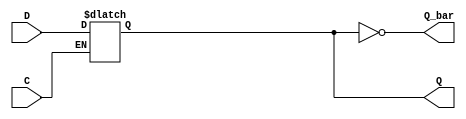
module async_register (
    input wire D,          // Data input
    input wire C,          // Control signal (active high)
    output reg Q,          // Data output
    output wire Q_bar      // Complement output
);

// Invert the output Q for the complement output
assign Q_bar = ~Q;

// Always block to capture data asynchronously based on control signal
always @(*) begin
    if (C) begin
        Q <= D;          // Capture the data input when control signal is asserted
    end
    // If C is not asserted, Q retains its previous value (hold state)
end

endmodule